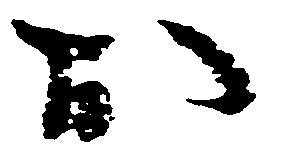
お